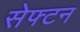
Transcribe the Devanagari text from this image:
सेफ्टन